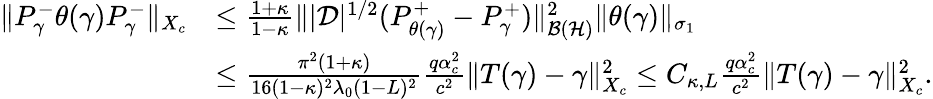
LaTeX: \begin{array}{rl}{\| P_{\gamma}^{-}\theta(\gamma)P_{\gamma}^{-}\| _{X_{c}}}&{\leq\frac{1+\kappa}{1-\kappa}\| |\mathcal D|^{1/2}(P_{\theta(\gamma)}^{+}-P_{\gamma}^{+})\| _{\mathcal{B}(\mathcal{H})}^{2}\| \theta(\gamma)\| _{\sigma_{1}}}\\ &{\leq\frac{\pi^{2}(1+\kappa)}{16(1-\kappa)^{2}\lambda_{0}(1-L)^{2}}\frac{q\alpha_{c}^{2}}{c^{2}}\| T(\gamma)-\gamma\| _{X_{c}}^{2}\leq C_{\kappa,L}\frac{q\alpha_{c}^{2}}{c^{2}}\| T(\gamma)-\gamma\| _{X_{c}}^{2}.}\end{array}